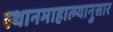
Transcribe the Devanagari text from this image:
स्थानमाहात्म्यानुसार